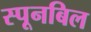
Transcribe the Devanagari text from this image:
स्पूनबिल